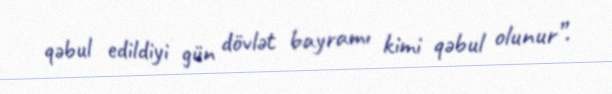
qəbul edildiyi gün dövlət bayramı kimi qəbul olunur”.